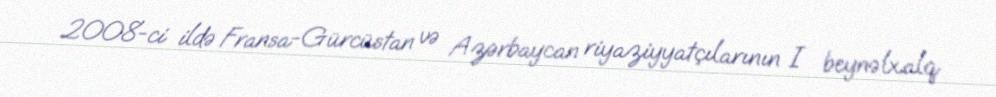
2008-ci ildə Fransa-Gürcüstan və Azərbaycan riyaziyyatçılarının I beynəlxalq